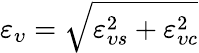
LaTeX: \varepsilon_{\upsilon}=\sqrt{\varepsilon_{\upsilon s}^{2}+\varepsilon_{\upsilon c}^{2}}